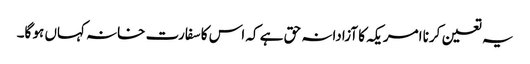
یہ تعین کرنا امریکہ کا آزادانہ حق ہے کہ اس کا سفارت خانہ کہاں ہو گا۔